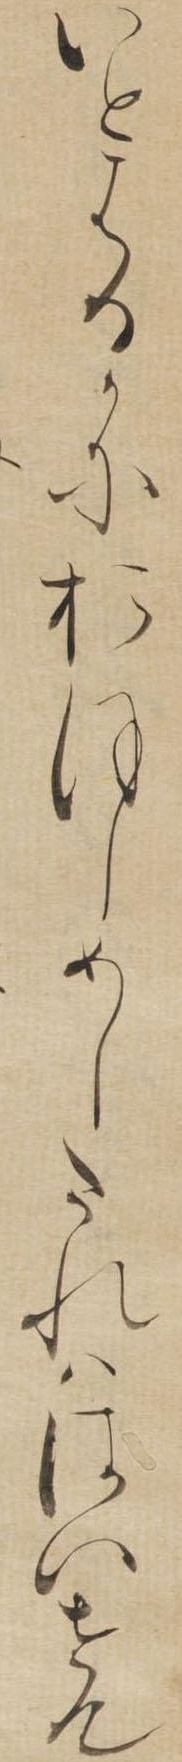
いとはるかにおほしめしたれははいせん